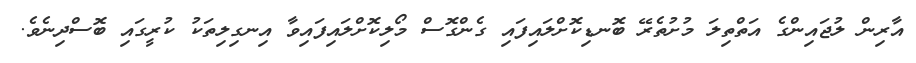
އާރިން ލުޖައިންގެ އަތްތިލަ މުށުތެރޭ ބޮނޑިކޮށްލައިފައި ގެންގޮސް މޯލިކޮށްލައިފައިވާ އިނގިލިތަކު ކުރީގައި ބޮސްދިނެވެ.